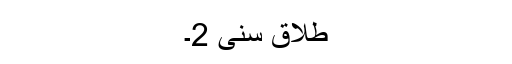
طلاق سنی 2۔